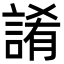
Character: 誵